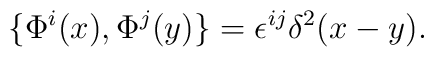
\{\Phi^i(x), \Phi^j(y)\}=\epsilon^{ij}\delta^2(x-y).